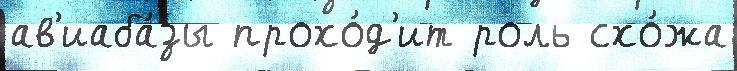
ав'иаба́зы прохо́д'ит роль схо́жа